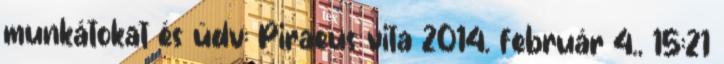
munkátokat és üdv: Piraeus vita 2014. február 4., 15:21